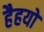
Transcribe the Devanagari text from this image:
हैहयो